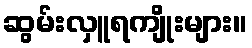
ဆွမ်းလှူရကျိုးများ။